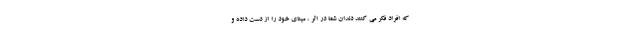
که افراد فکر می کنند دندان شما در اثر ، مینای خود را از دست داده و